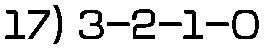
17) 3-2-1-0